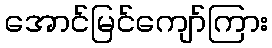
အောင်မြင်ကျော်ကြား